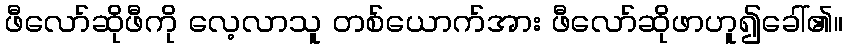
ဖီလော်ဆိုဖီကို လေ့လာသူ တစ်ယောက်အား ဖီလော်ဆိုဖာဟူ၍ခေါ်၏။